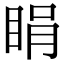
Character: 睊